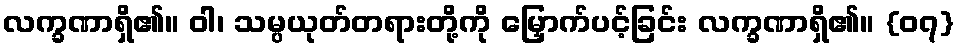
လက္ခဏာရှိ၏။ ဝါ၊ သမ္ပယုတ်တရားတို့ကို မြှောက်ပင့်ခြင်း လက္ခဏာရှိ၏။ {၀၇}